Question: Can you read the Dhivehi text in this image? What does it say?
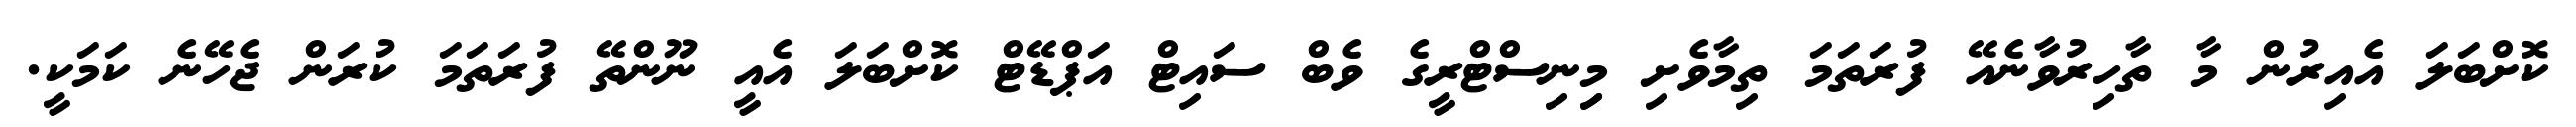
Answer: ކޮށްބަލަ އެއިރުން މާ ތާހިރުވާނެއޭ ފުރަތަމަ ތިމާވެށި މިިނިސްޓްރީގެ ވެބް ސައިޓް އަޕްޑޭޓް ކޮށްބަލަ އެއީ ނޫންތޭ ފުރަތަމަ ކުރަން ޖެހޭނެ ކަމަކީ.